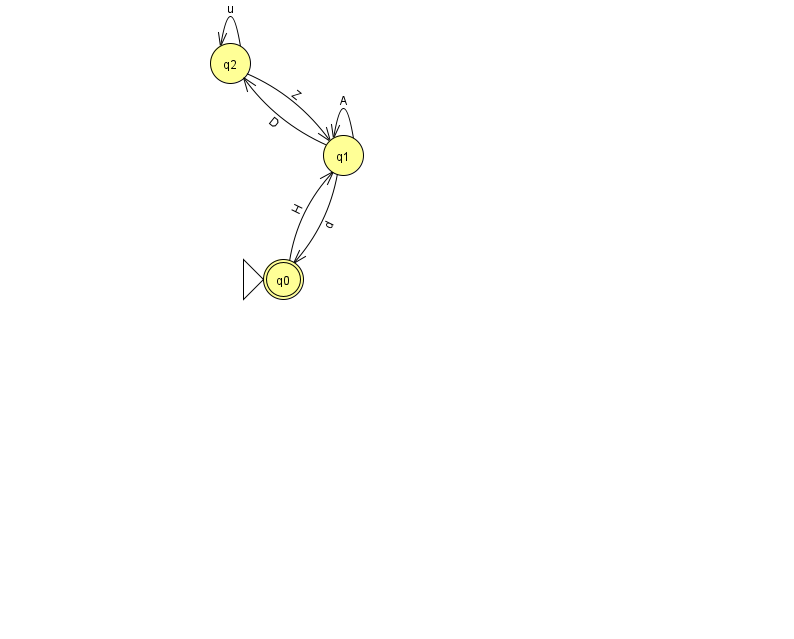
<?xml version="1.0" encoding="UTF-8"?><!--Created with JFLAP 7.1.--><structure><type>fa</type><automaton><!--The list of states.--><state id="0" name="q0"><x>283.0</x><y>266.0</y><initial/><final/></state><state id="1" name="q1"><x>343.0</x><y>142.0</y></state><state id="2" name="q2"><x>230.0</x><y>50.0</y></state><!--The list of transitions.--><transition><from>1</from><to>2</to><read>D</read></transition><transition><from>1</from><to>0</to><read>d</read></transition><transition><from>1</from><to>1</to><read>A</read></transition><transition><from>2</from><to>2</to><read>u</read></transition><transition><from>0</from><to>1</to><read>H</read></transition><transition><from>2</from><to>1</to><read>Z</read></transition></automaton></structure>